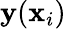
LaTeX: {\mathbf y}({\mathbf x}_{i})